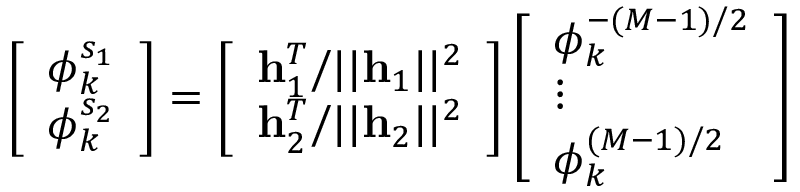
\left[ \begin{array} { l } { \phi _ { k } ^ { s _ { 1 } } } \\ { \phi _ { k } ^ { s _ { 2 } } } \end{array} \right] = \left[ \begin{array} { l } { \mathbf { h } _ { 1 } ^ { T } / | | \mathbf { h } _ { 1 } | | ^ { 2 } } \\ { \mathbf { h } _ { 2 } ^ { T } / | | \mathbf { h } _ { 2 } | | ^ { 2 } } \end{array} \right] \left[ \begin{array} { l } { \phi _ { k } ^ { - ( M - 1 ) / 2 } } \\ { \vdots } \\ { \phi _ { k } ^ { ( M - 1 ) / 2 } } \end{array} \right]